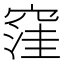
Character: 窪